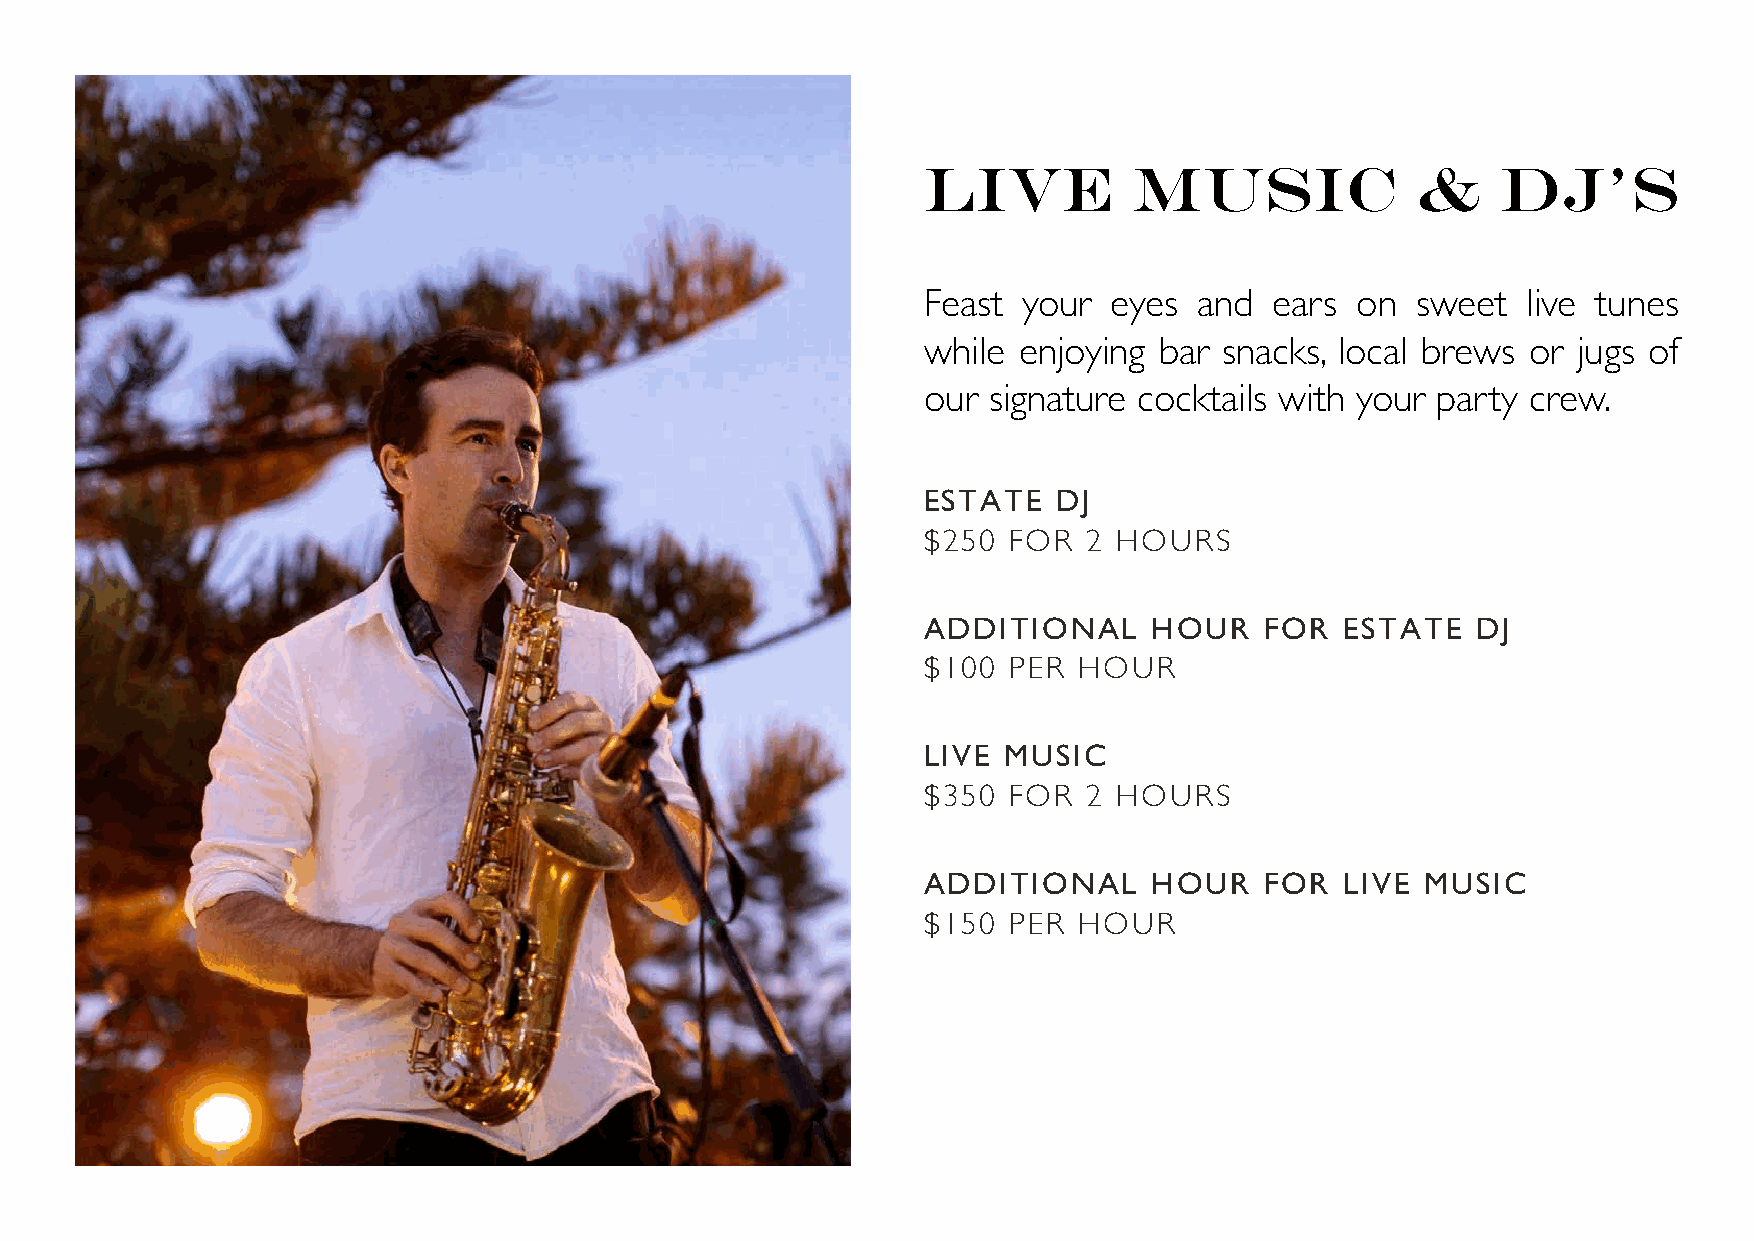
LIVE          MUSic              &    DJ’s
 Feast  your  eyes and  ears  on  sweet  live tunes
 while enjoying  bar snacks, local brews or jugs of
 our signature cocktails with your party crew.
 ESTATE   DJ
 $250  FOR  2 HOURS
 ADDITIONAL     HOUR    FOR  ESTATE   DJ
 $100  PER HOUR
 LIVE MUSIC
 $350  FOR  2 HOURS
 ADDITIONAL     HOUR    FOR  LIVE MUSIC
 $150  PER HOUR